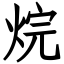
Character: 烷